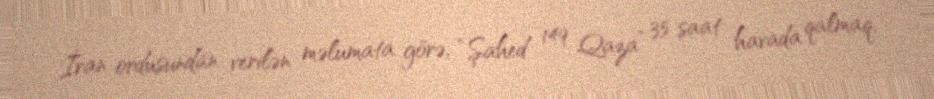
İran ordusundan verilən məlumata görə, “Şahed 149 Qaza” 35 saat havada qalmaq,